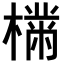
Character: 𣚠